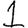
Digit: 1